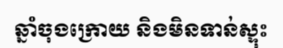
ឆ្នាំចុងក្រោយ និងមិនទាន់ស្ទុះ